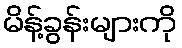
မိန့်ခွန်းများကို